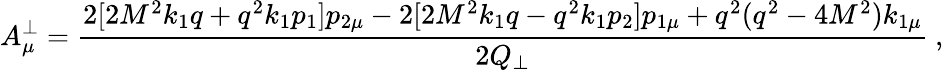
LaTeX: A_{\mu}^{\bot}=\frac{2[2M^{2}k_{1}q+q^{2}k_{1}p_{1}]p_{2\mu}-2[2M^{2}k_{1}q-q^{2}k_{1}p_{2}]p_{1\mu}+q^{2}(q^{2}-4M^{2})k_{1\mu}}{2Q_{\bot}}\ ,